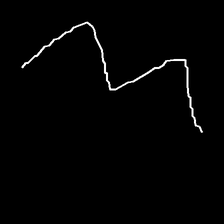
Glyph: crush